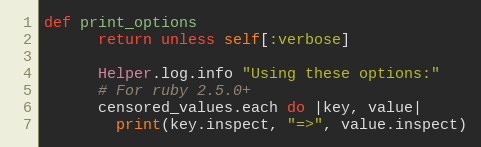
Language: Ruby
def print_options
      return unless self[:verbose]

      Helper.log.info "Using these options:"
      # For ruby 2.5.0+
      censored_values.each do |key, value|
        print(key.inspect, "=>", value.inspect)